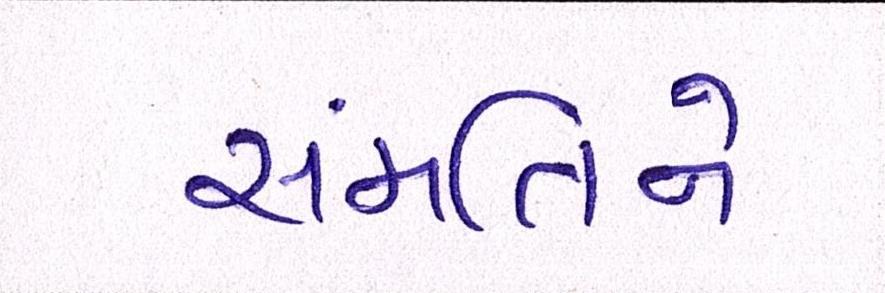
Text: સંમતિને